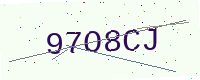
Text: 97O8CJ